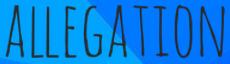
ALLEGATION